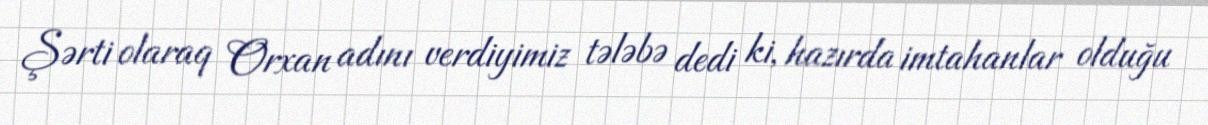
Şərti olaraq Orxan adını verdiyimiz tələbə dedi ki, hazırda imtahanlar olduğu